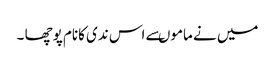
میں نے ماموںسے اس ندی کانام پوچھا ۔